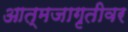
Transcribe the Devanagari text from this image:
आत्मजागृतीवर